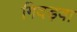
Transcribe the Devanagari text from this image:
गिदड़वा